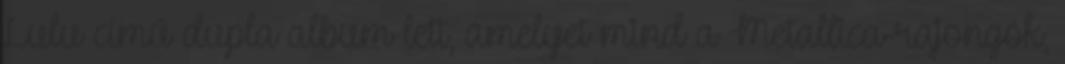
Lulu című dupla album lett, amelyet mind a Metallica-rajongók,